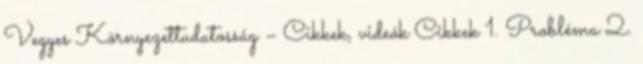
Vegyes Környezettudatosság – Cikkek, videók Cikkek 1. Probléma 2.